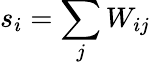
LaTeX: s_{i}=\sum_{j}W_{ij}